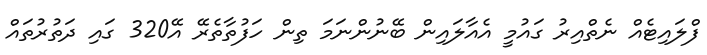
ފްލައިޓެއް ނެތްއިރު ގައުމީ އެއާލައިން ބޭނުންނަމަ ތިން ހަފުތާތެރޭ އޭ320 ގައި ދަތުރުތައް